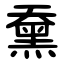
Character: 䵡